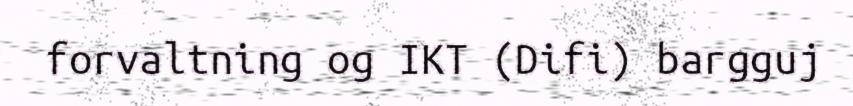
forvaltning og IKT (Difi) bargguj